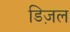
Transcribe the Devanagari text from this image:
डिज़ल